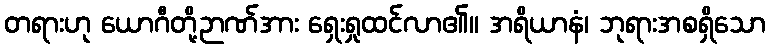
တရားဟု ယောဂီတို့ဉာဏ်အား ရှေးရှုထင်လာ၏။ အရိယာနံ၊ ဘုရားအစရှိသော